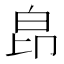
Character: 皍